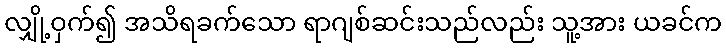
လျှို့ဝှက်၍ အသိရခက်သော ရာဂျစ်ဆင်းသည်လည်း သူ့အား ယခင်က